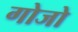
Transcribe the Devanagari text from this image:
गोजो